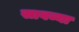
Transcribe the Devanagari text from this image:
सावव्या